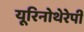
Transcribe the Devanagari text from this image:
यूरिनोथेरेपी